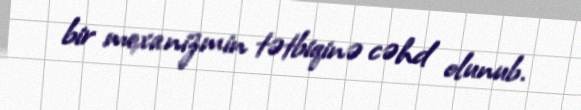
bir mexanizmin tətbiqinə cəhd olunub.